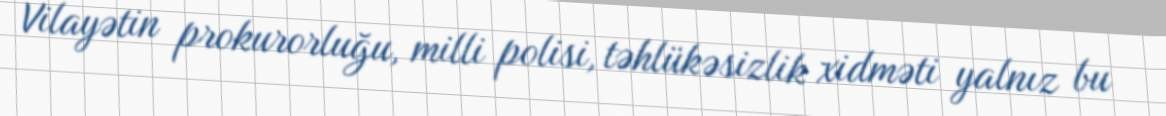
Vilayətin prokurorluğu, milli polisi, təhlükəsizlik xidməti yalnız bu